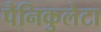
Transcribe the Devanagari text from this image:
पैनिकुलेटा